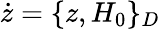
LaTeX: \dot{z}=\{ z,H_{0}\} _{D}